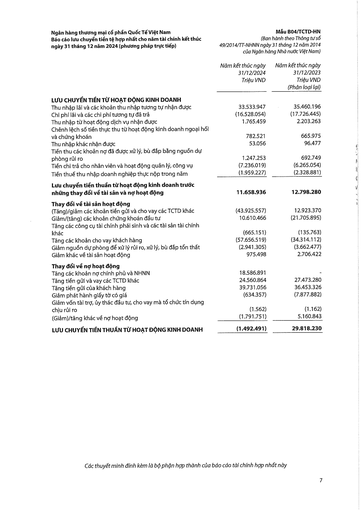
||Năm kết thúc ngày 31/12/2024 Triệu VND|Năm kết thúc ngày 31/12/2023 Triệu VND (Phân loại lại)| |---|---|---| |LƯU CHUYỂN TIỀN TỪ HOẠT ĐỘNG KINH DOANH||| |Thu nhập lãi và các khoản thu nhập tương tự nhận được|33.533.947|35.460.196| |Chi phí lãi và các chi phí tương tự đã trả|(16.528.054)|(17.726.445)| |Thu nhập từ hoạt động dịch vụ nhận được|1.765.459|2.203.263| |Chênh lệch số tiền thực thu từ hoạt động kinh doanh ngoại hối và chứng khoán|782.521|665.975| |Thu nhập khác nhận được|53.056|96.477| |Tiền thu các khoản nợ đã được xử lý, bù đắp bằng nguồn dự phòng rủi ro|1.247.253|692.749| |Tiền chi trả cho nhân viên và hoạt động quản lý, công vụ|(7.236.019)|(6.265.054)| |Tiền thuế thu nhập doanh nghiệp thực nộp trong năm|(1.959.227)|(2.328.881)| |Lưu chuyển tiền thuần từ hoạt động kinh doanh trước những thay đổi về tài sản và nợ hoạt động|11.658.936|12.798.280| |Thay đổi về tài sản hoạt động||| |(Tăng)/giảm các khoản tiền gửi và cho vay các TCTD khác|(43.925.557)|12.923.370| |Giảm/(tăng) các khoản chứng khoán đầu tư|10.610.466|(21.705.895)| |Tăng các công cụ tài chính phái sinh và các tài sản tài chính khác|(665.151)|(135.763)| |Tăng các khoản cho vay khách hàng|(57.656.519)|(34.314.112)| |Giảm nguồn dự phòng để xử lý rủi ro, xử lý, bù đắp tổn thất|(2.941.305)|(3.662.477)| |Giảm khác về tài sản hoạt động|975.498|2.706.422| |Thay đổi về nợ hoạt động||| |Tăng các khoản nợ chính phủ và NHNN|18.586.891|| |Tăng tiền gửi và vay các TCTD khác|24.560.864|27.473.280| |Tăng tiền gửi của khách hàng|39.731.056|36.453.326| |Giảm phát hành giấy tờ có giá|(634.357)|(7.877.882)| |Giảm vốn tài trợ, ủy thác đầu tư, cho vay mà tổ chức tín dụng chịu rủi ro|(1.562)|(1.162)| |(Giảm)/tăng khác về nợ hoạt động|(1.791.751)|5.160.843| |LƯU CHUYỂN TIỀN THUẦN TỪ HOẠT ĐỘNG KINH DOANH|(1.492.491)|29.818.230|